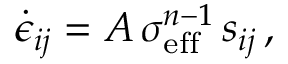
\dot { \epsilon } _ { i j } = { \cal A } \, \sigma _ { \mathrm { e f f } } ^ { n - 1 } \, s _ { i j } \, ,